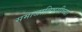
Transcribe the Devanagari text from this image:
समाजाविषयीच्या